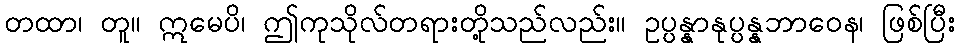
တထာ၊ တူ။ ဣမေပိ၊ ဤကုသိုလ်တရားတို့သည်လည်း။ ဥပ္ပန္နာနုပ္ပန္နဘာဝေန၊ ဖြစ်ပြီး